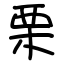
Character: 栗